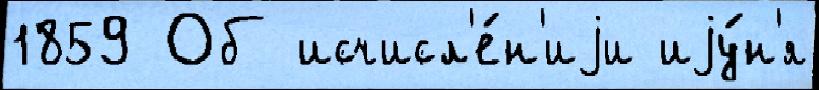
1859 Об исчисл'е́н'иjи иjу́н'я